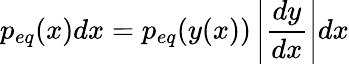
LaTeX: p_{eq}(x)dx=p_{eq}(y(x))\left|\frac{dy}{dx}\right|dx